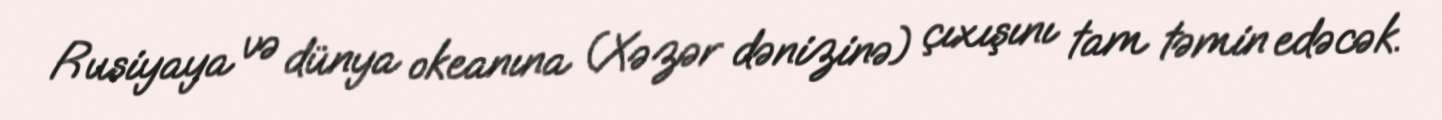
Rusiyaya və dünya okeanına (Xəzər dənizinə) çıxışını tam təmin edəcək.